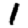
Digit: 1